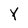
Character: Y